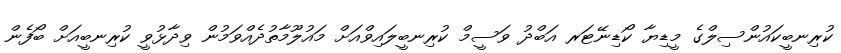
ކުރިނބީކައުންސިލްގެ މީޑިޔާ ކޯޑިނޭޓަރ އަބްދު ވަސީމް ކުރިނބީލައިވްއަށް މައުލޫމާތުދެއްވަމުން ވިދާޅުވީ ކުރިނބީއަށް ބޯފެން